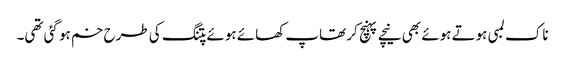
ناک لمبی ہوتے ہوئے بھی نیچے پہنچ کر تھاپ کھائے ہوئے پتنگ کی طرح خم ہو گئی تھی۔